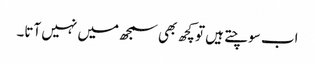
اب سوچتے ہیں تو کچھ بھی سمجھ میں نہیں آتا۔